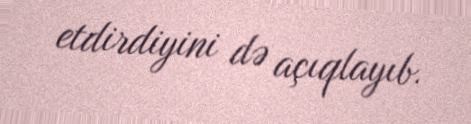
etdirdiyini də açıqlayıb.